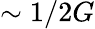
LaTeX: \sim 1/2G